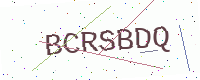
Text: BCRSBDQ